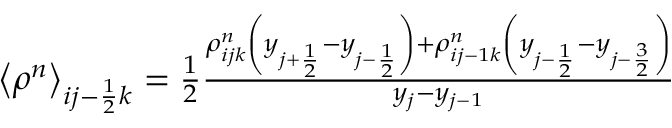
\begin{array} { r } { \left< \rho ^ { n } \right> _ { i j - \frac { 1 } { 2 } k } = \frac { 1 } { 2 } \frac { \rho _ { i j k } ^ { n } \left( y _ { j + \frac { 1 } { 2 } } - y _ { j - \frac { 1 } { 2 } } \right) + \rho _ { i j - 1 k } ^ { n } \left( y _ { j - \frac { 1 } { 2 } } - y _ { j - \frac { 3 } { 2 } } \right) } { y _ { j } - y _ { j - 1 } } } \end{array}